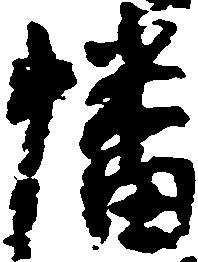
幡